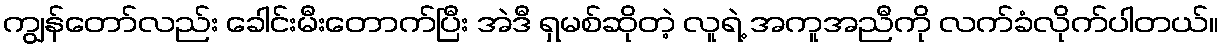
ကျွန်တော်လည်း ခေါင်းမီးတောက်ပြီး အဲဒီ ရှမစ်ဆိုတဲ့ လူရဲ့ အကူအညီကို လက်ခံလိုက်ပါတယ်။